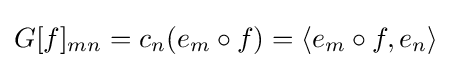
G[f]_{mn}=c_{n}(e_{m}\circ f)=\langle e_{m}\circ f,e_{n}\rangle